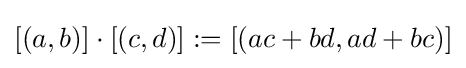
[(a,b)]\cdot [(c,d)]:=[(ac+bd,ad+bc)]